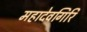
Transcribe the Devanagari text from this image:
महादेवगिरि